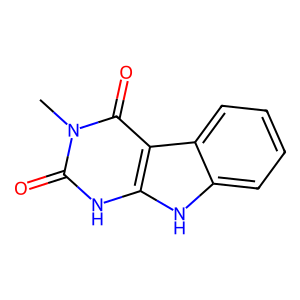
SMILES: Cn1c(=O)[nH]c2[nH]c3ccccc3c2c1=O
Inhibits HIV replication: No